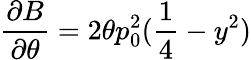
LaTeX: \frac{\partial B}{\partial\theta}=2\theta p_{0}^{2}(\frac{1}{4}-y^{2})